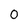
Character: 0